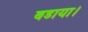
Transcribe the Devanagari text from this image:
बडाया।